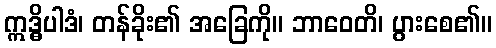
ဣဒ္ဓိပါဒံ၊ တန်ခိုး၏ အခြေကို။ ဘာဝေတိ၊ ပွားစေ၏။